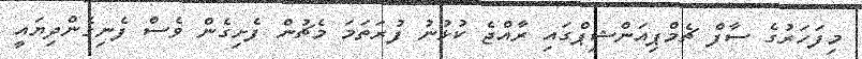
މިފަހަރުގެ ސާފް ޗެމްޕިއަންޝިޕްގައި ރާއްޖެ ކުޅުނު ފުރަތަމަ މެޗުން ފެށިގެން ވެސް ފެނިގެންދިޔައީ